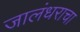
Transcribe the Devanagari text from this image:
जालंधराचा